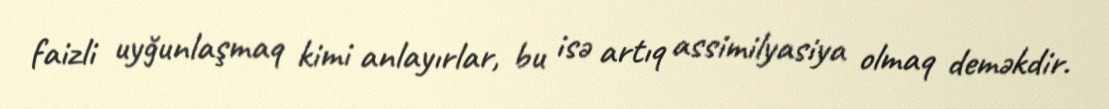
faizli uyğunlaşmaq kimi anlayırlar, bu isə artıq assimilyasiya olmaq deməkdir.